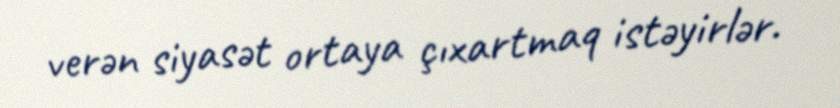
verən siyasət ortaya çıxartmaq istəyirlər.